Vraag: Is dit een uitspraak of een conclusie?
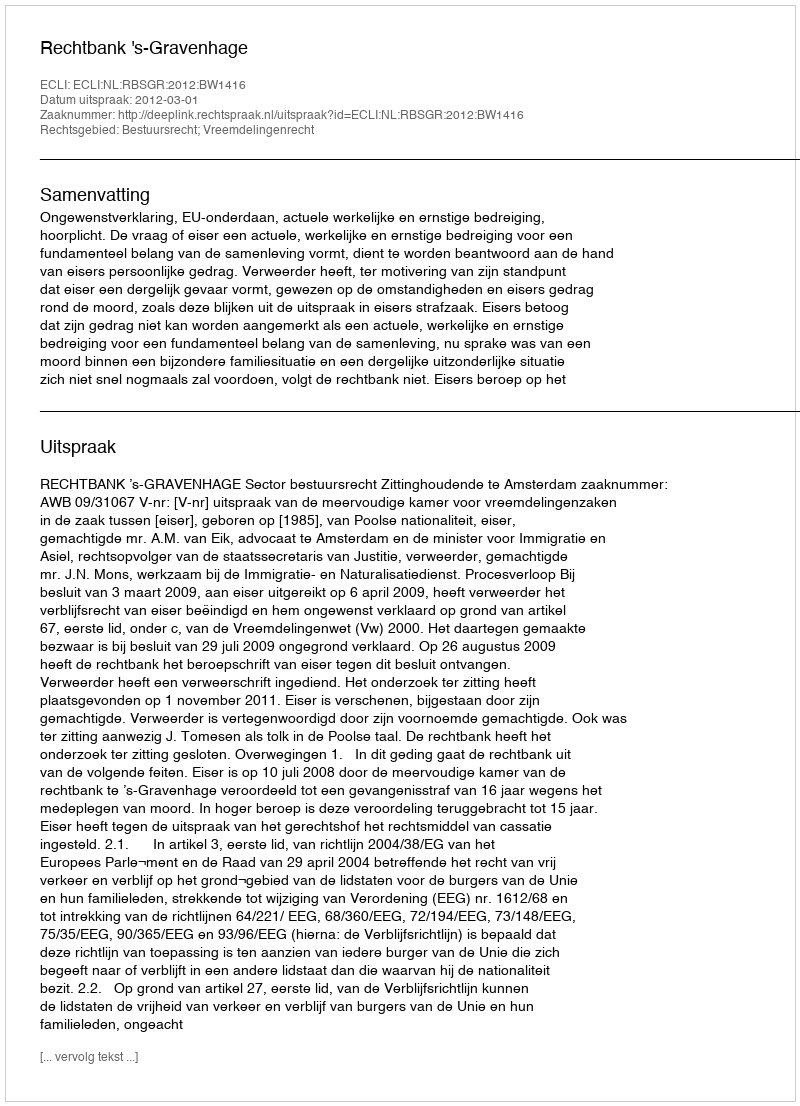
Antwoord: Uitspraak